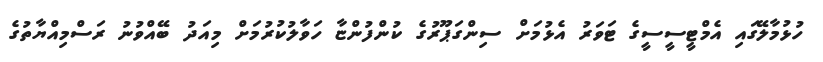
ހުޅުމާލޭގައި އެމްޓީސީސީގެ ޓަވަރު އެޅުމަށް ސިންގަޕޫރުގެ ކުންފުންޏާ ހަވާލުކުރުމަށް މިއަދު ބޭއްވުނު ރަސްމިއްޔާތުގެ